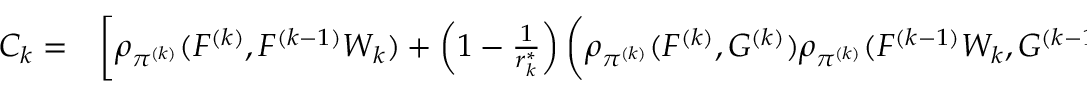
\begin{array} { r l } { C _ { k } = } & { { } \bigg [ \rho _ { \pi ^ { ( k ) } } ( F ^ { ( k ) } , F ^ { ( k - 1 ) } W _ { k } ) + \left( 1 - \frac { 1 } { r _ { k } ^ { \ast } } \right) \bigg ( \rho _ { \pi ^ { ( k ) } } ( F ^ { ( k ) } , G ^ { ( k ) } ) \rho _ { \pi ^ { ( k ) } } ( F ^ { ( k - 1 ) } W _ { k } , G ^ { ( k - 1 ) } ) \rho _ { \pi ^ { ( k ) } } ( G ^ { ( k ) } , G ^ { ( k - 1 ) } ) } \end{array}